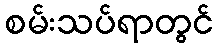
စမ်းသပ်ရာတွင်